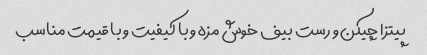
پیتزا چیکن و رست بیف خوش مزه و با کیفیت و با قیمت مناسب